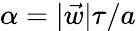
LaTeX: \alpha=|\vec{w}|\tau/a